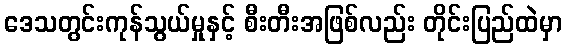
ဒေသတွင်းကုန်သွယ်မှုနှင့် စီးတီးအဖြစ်လည်း တိုင်းပြည်ထဲမှာ